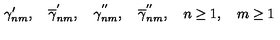
\gamma _ { n m } ^ { \prime } , \quad \overline { { \gamma } } _ { n m } ^ { ^ { \prime } } , \quad { \gamma } _ { n m } ^ { ^ { \prime \prime } } , \quad \overline { { \gamma } } _ { n m } ^ { ^ { \prime \prime } } , \quad n \geq 1 , \quad m \geq 1